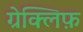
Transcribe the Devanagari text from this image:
ग्रेक्लिफ़